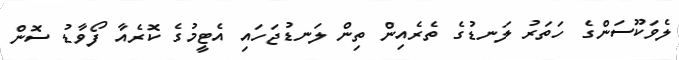
ލެވަކޫސަންގެ ހަތަރު ލަނޑުގެ ތެރެއިން ތިން ލަނޑުޖަހައި އެޓީމުގެ ކޮރެއާ ފޯވާޑު ސޮން